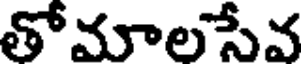
తోమాలసేవ